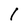
Character: 1